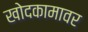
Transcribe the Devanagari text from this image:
खोदकामावर